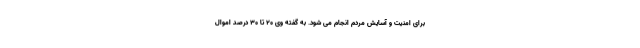
برای امنیت و آسایش مردم انجام می شود. به گفته وی ۲۰ تا ۳۰ درصد اموال